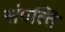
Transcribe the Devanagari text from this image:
संपत्‍ति